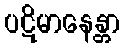
ပဋိမာနေန္တာ